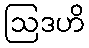
ဩဒဟိ